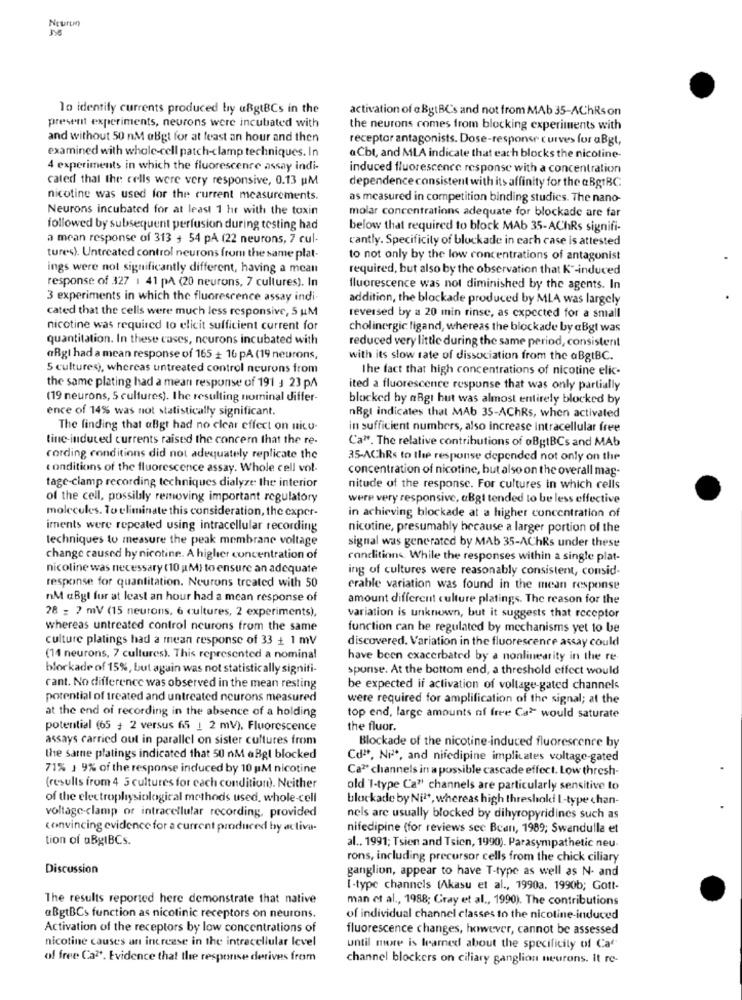
Nourun
To identify currents produced by ußgtBCs in the
activation of @ BgtBC's and not from MAb 35-AChRson
present experiments, neurons were incubated with
the neurons comes from blocking experiments with
and without 50 nM aBgt for at least an hour and then
receptor antagonists. Dose-response curves for aBgt,
examined with whole-cell patch-clamp techniques. In
@Cbt, and MLA indicate that each blocks the nicotine-
4 experiments in which the fluorescence assay indi-
induced fluorescence response with a concentration
cated that the cells were very responsive, 0.13 PM
dependence consistent with its affinity for the @ BgtBC
nicotine was used for the current measurements.
as measured in competition binding studies. The nano-
Neurons incubated for at least 1 hr with the toxin
molar concentrations adequate for blockade are far
followed by subsequent perfusion during testing had
below that required to block MAb 35-AChRs signifi-
a mean response of 313 + 54 pA (22 neurons, 7 cul-
cantly. Specificity of blockade in each case is attested
tures). Untreated control neurons from the same plat-
to not only by the low concentrations of antagonist
ings were not significantly different, having a mean
required, but also by the observation that K"-induced
response of 327 1 41 pA (20 neurons, 7 cultures). In
fluorescence was not diminished by the agents. In
3 experiments in which the fluorescence assay indi.
addition, the blockade produced by MLA was largely
cated that the cells were much less responsive, 5 uM
reversed by a 20 min rinse, as expected for a small
nicotine was required to elicit sufficient current for
cholinergic ligand, whereas the blockade by @Bgt was
quantitation. In these cases, neurons incubated with
reduced very little during the same period, consistent
aRgi had a mean response of 165 + 16 pA (19 neurons,
with its slow rate of dissociation from the aBgtBC.
5 cultures), whereas untreated control neurons from
The fact that high concentrations of nicotine elic-
the same plating had a mean response of 191 3 23 pA
ited a fluorescence response that was only partially
(19 neurons, 5 cultures). The resulting nominal differ-
blocked by aRgt hut was almost entirely blocked by
ence of 14% was not statistically significant.
nRgt indicates that MAb 35-AChRs, when activated
The finding that aBgt had no clear effect on nico-
in sufficient numbers, also increase intracellular free
tine-induced currents raised the concern that the re-
Ca". The relative contributions of oBgtBCs and MAb
cording conditions did not adequately replicate the
35-AChRs to the response depended not only on the
conditions of the fluorescence assay. Whole cell vol-
concentration of nicotine, but also on the overall mag-
tage-clamp recording techniques dialyse the interior
nitude of the response. For cultures in which cells
of the cell, possibly removing important regulatory
were very responsive, aBgt tended to be less effective
molecules. To eliminate this consideration, the exper-
in achieving blockade at a higher concentration of
iments were repeated using intracellular recording
nicotine, presumably because a larger portion of the
techniques to measure the peak membrane voltage
signal was generated by MAb 35-AChRs under these
change caused by nicotine. A higher concentration of
conditions. While the responses within a single plat-
nicoline was necessary (10 M) to ensure an adequate
ing of cultures were reasonably consistent, consid-
response for quantitation. Neurons treated with 50
erable variation was found in the mean response
nM aBgl fur at least an hour had a mcan response of
amount different culture platings. The reason for the
28 = ? mV (15 neurons, 6 cultures, 2 experiments),
variation is unknown, but it suggests that receptor
whereas untreated control neurons from the same
function can he regulated by mechanisms yet to be
culture platings had a mean response of 33 + 1 mV
discovered. Variation in the fluorescence assay could
(14 neurons, 7 cultures). This represented a nominal
have been exacerbated by a nonlinearity in the re
blockade of 15%, but again was not statistically signifi-
spurse. At the bottom end, a threshold effect would
cant. No difference was observed in the mean resting
be expected if activation of voltage-gated channels
potential of treated and untreated neurons measured
were required for amplification of the signal; at the
at the end of recording in the absence of a holding
top end, large amounts of free Ca> would saturate
potential (65 + 2 versus 65 1 2 mV). Fluorescence
the fluor.
assays carried out in parallel on sister cultures from
Blockade of the nicotine-induced fluorescence by
the same platings indicated that 50 nM aBgl blocked
Cd" *, Nie, and nifedipine implicates voltage-gated
71% 1 9% of the response induced by 10 pM nicotine
Ca2 channels in a possible cascade effect. Low thresh-
(results from 4 5 cultures for cach condition). Neither
old T-type Ca" channels are particularly sensitive to
of the electrophysiological methods used, whole-cell
blockade by Nit, whereas high threshold I-type chan-
voltage-clamp or intracellular recording, provided
nels are usually blocked by dihyropyridines such as
convincing evidence for a current produced by activa-
nifedipine (for reviews sec Bean, 1989; Swandulla et
tion of aBgIBCs.
al ., 1991; Tsien and Tsien, 1990). Parasympathetic neu-
rons, including precursor cells from the chick ciliary
Discussion
ganglion, appear to have T-type as well as N- and
[-type channels (Akasu et al ., 1990a. 1990b; Gott-
The results reported here demonstrate that native
man et al ., 1988; Gray et al ., 1990). The contributions
aBgtBCs function as nicotinic receptors on neurons.
of individual channel classes to the nicotine-induced
Activation of the receptors by low concentrations of
fluorescence changes, however, cannot be assessed
nicotine causes an increase in the intracellular level
until more is learned about the specificity of Ca'
of free Ca?'. Evidence that the response derives from
channel blockers on ciliary ganglion neurons. It re-